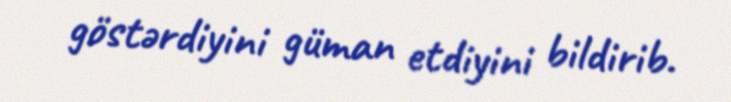
göstərdiyini güman etdiyini bildirib.